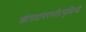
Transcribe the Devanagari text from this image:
आंतादापरार्धात्पृथिव्यै